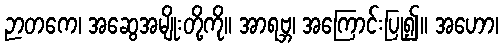
ဉာတကေ၊ အဆွေအမျိုးတို့ကို။ အာရဗ္ဘ၊ အကြောင်းပြု၍။ အဟော၊